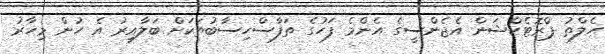
ހެލްތު ޕްރޮޓެކްޝަން އެޖެންސީގެ އެންމެ ފަހުގެ ތަފާސްހިސާބުތަކަށް ބަލާއިރު އެ ހުން މިހާރު